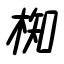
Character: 椥